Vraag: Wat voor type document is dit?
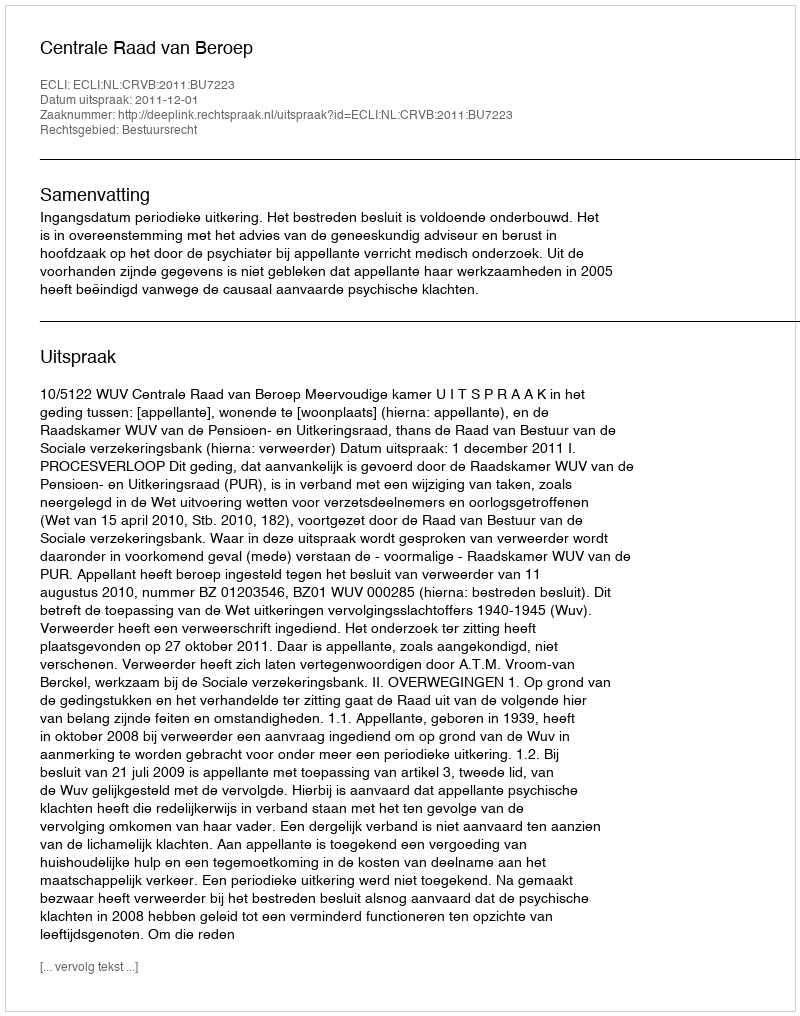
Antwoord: Uitspraak